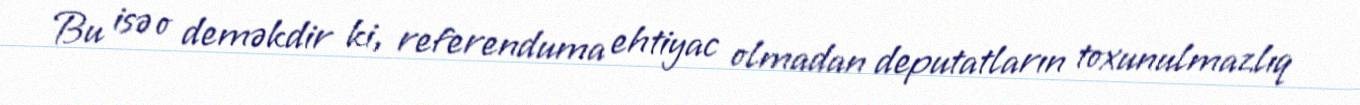
Bu isə o deməkdir ki, referenduma ehtiyac olmadan deputatların toxunulmazlıq